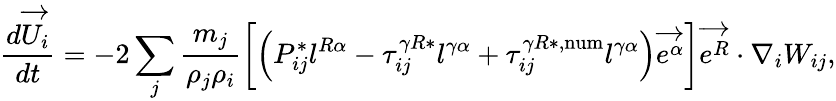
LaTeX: \frac{d\overrightarrow{U_{i}}}{dt}=-2\sum_{j}\frac{m_{j}}{\rho_{j}\rho_{i}}\left[\left(P_{ij}^{*}l^{R\alpha}-\tau_{ij}^{\gamma R*}l^{\gamma\alpha}+\tau_{ij}^{\gamma R*,\mathrm{num}}l^{\gamma\alpha}\right)\overrightarrow{e^{\alpha}}\right]\overrightarrow{e^{R}}\cdot\nabla_{i}W_{ij},